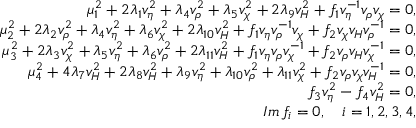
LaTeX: \begin{array} { r } { { \mu _ { 1 } ^ { 2 } + 2 \lambda _ { 1 } v _ { \eta } ^ { 2 } + \lambda _ { 4 } v _ { \rho } ^ { 2 } + \lambda _ { 5 } v _ { \chi } ^ { 2 } + 2 \lambda _ { 9 } v _ { H } ^ { 2 } + f _ { 1 } v _ { \eta } ^ { - 1 } v _ { \rho } v _ { \chi } = 0 , } } \\ { { \mu _ { 2 } ^ { 2 } + 2 \lambda _ { 2 } v _ { \rho } ^ { 2 } + \lambda _ { 4 } v _ { \eta } ^ { 2 } + \lambda _ { 6 } v _ { \chi } ^ { 2 } + 2 \lambda _ { 1 0 } v _ { H } ^ { 2 } + f _ { 1 } v _ { \eta } v _ { \rho } ^ { - 1 } v _ { \chi } + f _ { 2 } v _ { \chi } v _ { H } v _ { \rho } ^ { - 1 } = 0 , } } \\ { { \mu _ { 3 } ^ { 2 } + 2 \lambda _ { 3 } v _ { \chi } ^ { 2 } + \lambda _ { 5 } v _ { \eta } ^ { 2 } + \lambda _ { 6 } v _ { \rho } ^ { 2 } + 2 \lambda _ { 1 1 } v _ { H } ^ { 2 } + f _ { 1 } v _ { \eta } v _ { \rho } v _ { \chi } ^ { - 1 } + f _ { 2 } v _ { \rho } v _ { H } v _ { \chi } ^ { - 1 } = 0 , } } \\ { { \mu _ { 4 } ^ { 2 } + 4 \lambda _ { 7 } v _ { H } ^ { 2 } + 2 \lambda _ { 8 } v _ { H } ^ { 2 } + \lambda _ { 9 } v _ { \eta } ^ { 2 } + \lambda _ { 1 0 } v _ { \rho } ^ { 2 } + \lambda _ { 1 1 } v _ { \chi } ^ { 2 } + f _ { 2 } v _ { \rho } v _ { \chi } v _ { H } ^ { - 1 } = 0 , } } \\ { { f _ { 3 } v _ { \eta } ^ { 2 } - f _ { 4 } v _ { H } ^ { 2 } = 0 , } } \\ { { I m \, f _ { i } = 0 , \quad i = 1 , 2 , 3 , 4 , } } \end{array}